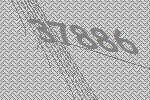
37886